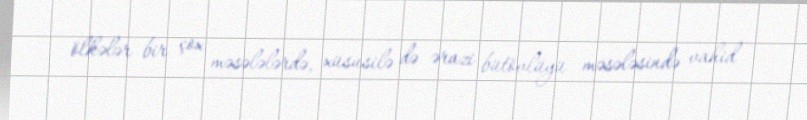
ölkələr bir çox məsələlərdə, xüsusilə də ərazi bütövlüyü məsələsində vahid